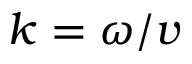
k = \omega / v